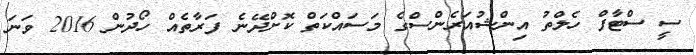
ސީ ސްޓާފް ހެލްތު އިންޝުއަރެންސްގެ މަސައްކަތް ކޮށްދޭނެ ފަރާތެއް ހޯދުން 2016 ވަނަ